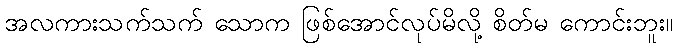
အလကားသက်သက် သောက ဖြစ်အောင်လုပ်မိလို့ စိတ်မ ကောင်းဘူး။